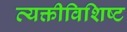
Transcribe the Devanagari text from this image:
व्यक्तीविशिष्ट